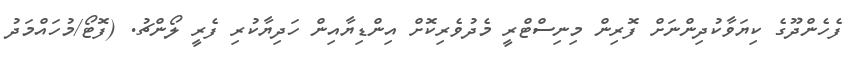
ފެހެންދޫގެ ކިޔަވާކުދިންނަށް ފޮރިން މިނިސްޓްރީ މެދުވެރިކޮށް އިންޑިޔާއިން ހަދިޔާކުރި ފެރީ ލޯންޗު. (ފޮޓޯ/މުހައްމަދު